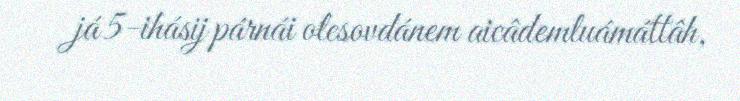
já 5-ihásij párnái olesovdánem aicâdemluámáttâh,